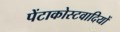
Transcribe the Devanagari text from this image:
पेंटाकोस्टवादियों